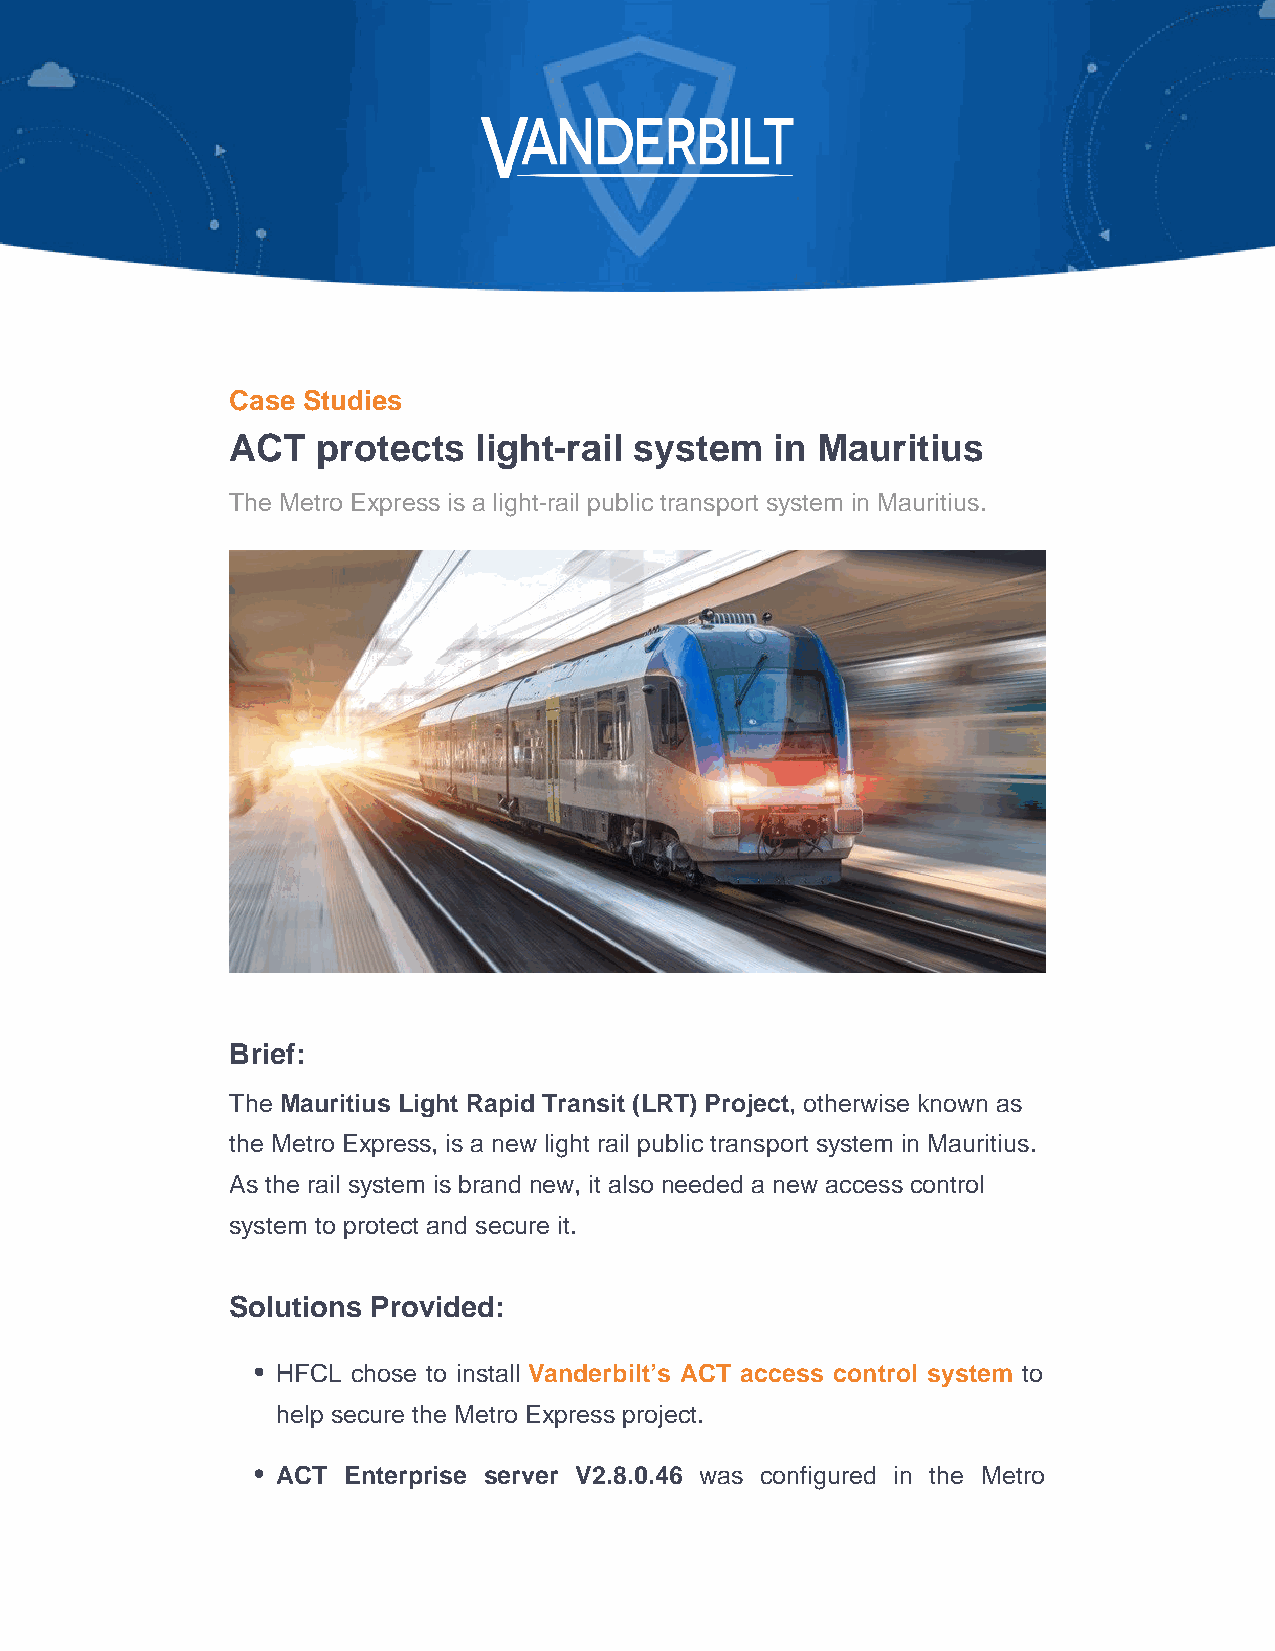
Case Studies
 ACT   protects  light-rail system   in Mauritius
 The Metro Express is a light-rail public transport system in Mauritius.
 Brief:
 The Mauritius Light Rapid Transit (LRT) Project, otherwise known as
 the Metro Express, is a new light rail public transport system in Mauritius.
 As the rail system is brand new, it also needed a new access control
 system to protect and secure it.
 Solutions Provided:
 HFCL chose to install Vanderbilt’s ACT access control system to
 help secure the Metro Express project.
 ACT  Enterprise server V2.8.0.46 was configured in the Metro